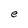
Character: e